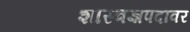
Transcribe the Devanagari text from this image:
शास्त्रज्ञपदावर